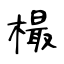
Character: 樶